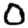
Digit: 0